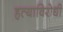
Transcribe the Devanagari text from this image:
हत्याविरोधी